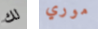
لك موري